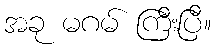
အခု မဂမ် ကြီးပြီ။